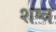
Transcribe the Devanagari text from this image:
शष्त्र